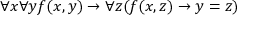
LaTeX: \forall x \forall y f ( x , y ) \rightarrow \forall z ( f ( x , z ) \rightarrow y = z )